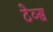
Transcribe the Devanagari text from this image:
टेव्स